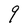
Character: q